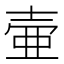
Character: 壷